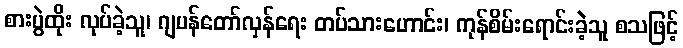
စားပွဲထိုး လုပ်ခဲ့သူ၊ ဂျပန်တော်လှန်ရေး တပ်သားဟောင်း၊ ကုန်စိမ်းရောင်းခဲ့သူ စသဖြင့်